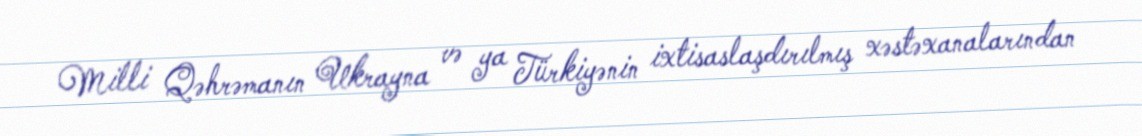
Milli Qəhrəmanın Ukrayna və ya Türkiyənin ixtisaslaşdırılmış xəstəxanalarından